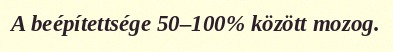
A beépítettsége 50–100% között mozog.